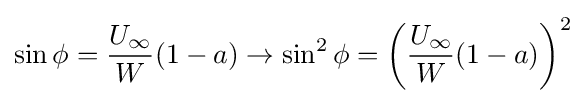
\sin \phi ={\frac {U_{\infty }}{W}}(1-a)\rightarrow \sin ^{2}\phi =\left({\frac {U_{\infty }}{W}}(1-a)\right)^{2}